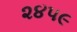
૨૪૫૯